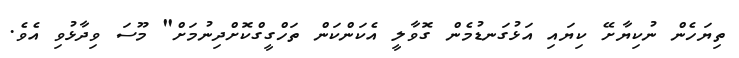
ތިޔަހެން ނުކިޔާށޭ ކިޔައި އަޅުގަނޑުމެން ގޮވާލީ އެކަންކަން ތަހްގީގްކޮށްދިނުމަށް" މޫސަ ވިދާޅުވި އެވެ.